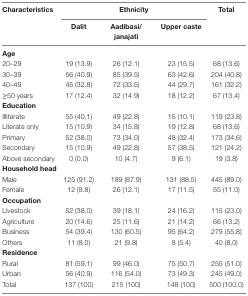
| <ROWSPAN=2> Characteristics | <COLSPAN=3> Ethnicity | <ROWSPAN=2> Total |
 | Dalit | Aadibasi/janajati | Upper caste |
 | --- | --- | --- | --- | --- |
 | <COLSPAN=5> Age |
 | 20–29 | 19 (13.9) | 26 (12.1) | 23 (15.5) | 68 (13.6) |
 | 30–39 | 56 (40.9) | 85 (39.5) | 63 (42.6) | 204 (40.8) |
 | 40–49 | 45 (32.8) | 72 (33.5) | 44 (29.7) | 161 (32.2) |
 | ≥50 years | 17 (12.4) | 32 (14.9) | 18 (12.2) | 67 (13.4) |
 | <COLSPAN=5> Education |
 | Illiterate | 55 (40.1) | 49 (22.8) | 15 (10.1) | 119 (23.8) |
 | Literate only | 15 (10.9) | 34 (15.8) | 19 (12.8) | 68 (13.6) |
 | Primary | 52 (38.0) | 73 (34.0) | 48 (32.4) | 173 (34.6) |
 | Secondary | 15 (10.9) | 49 (22.8) | 57 (38.5) | 121 (24.2) |
 | Above secondary | 0 (0.0) | 10 (4.7) | 9 (6.1) | 19 (3.8) |
 | <COLSPAN=5> Household head |
 | Male | 125 (91.2) | 189 (87.9) | 131 (88.5) | 445 (89.0) |
 | Female | 12 (8.8) | 26 (12.1) | 17 (11.5) | 55 (11.0) |
 | <COLSPAN=5> Occupation |
 | Livestock | 52 (38.0) | 39 (18.1) | 24 (16.2) | 115 (23.0) |
 | Agriculture | 20 (14.6) | 25 (11.6) | 21 (14.2) | 66 (13.2) |
 | Business | 54 (39.4) | 130 (60.5) | 95 (64.2) | 279 (55.8) |
 | Others | 11 (8.0) | 21 (9.8) | 8 (5.4) | 40 (8.0) |
 | <COLSPAN=5> Residence |
 | Rural | 81 (59.1) | 99 (46.0) | 75 (50.7) | 255 (51.0) |
 | Urban | 56 (40.9) | 116 (54.0) | 73 (49.3) | 245 (49.0) |
 | Total | 137 (100) | 215 (100) | 148 (100) | 500 (100.0) |